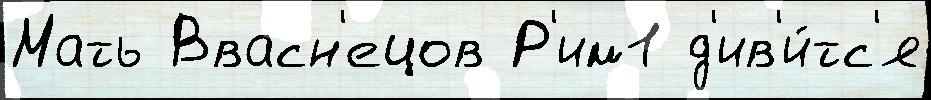
Мать Ввасн'ецов Р'им1 д'ив'и́тс'я